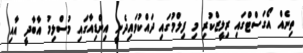
ތިނެއް އޯގަސްޓްގައި ރިލީޒްކުރި މި ފިލްމުގައި ދައްކުވައިދެނީ އިންޑިއާގައި މުސްލިމު އާބާދީ އާއި